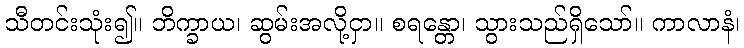
သီတင်းသုံး၍။ ဘိက္ခာယ၊ ဆွမ်းအလို့ငှာ။ စရန္တော၊ သွားသည်ရှိသော်။ ကာလာနံ၊